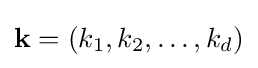
\mathbf {k} =(k_{1},k_{2},\dots ,k_{d})